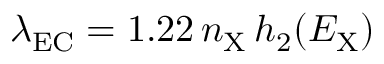
\lambda _ { \mathrm { E C } } = 1 . 2 2 \, n _ { \mathrm { X } } \, h _ { \mathrm { 2 } } ( E _ { \mathrm { X } } )